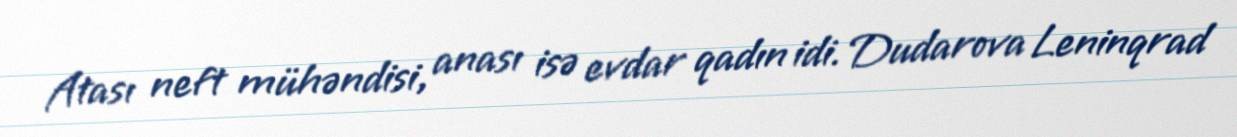
Atası neft mühəndisi, anası isə evdar qadın idi. Dudarova Leninqrad